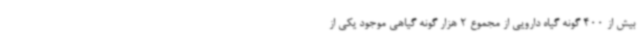
بیش از 400 گونه گیاه دارویی از مجموع 2 هزار گونه گیاهی موجود یکی از